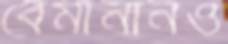
বেমানানও